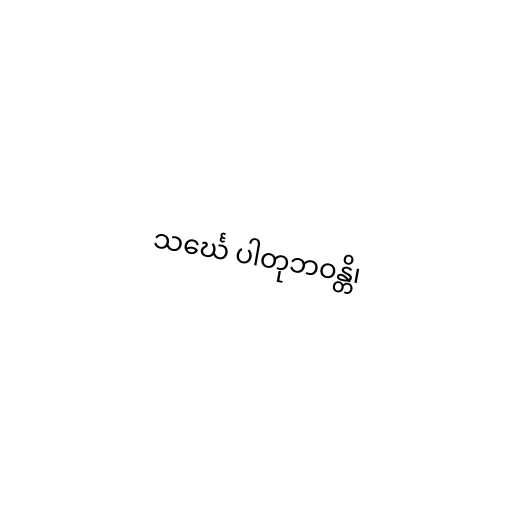
သင်္ဃေ ပါတုဘဝန္တိ၊